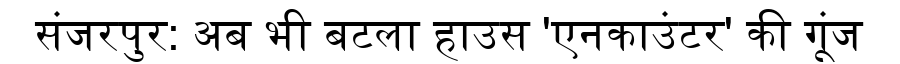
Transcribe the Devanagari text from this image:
संजरपुर: अब भी बटला हाउस 'एनकाउंटर' की गूंज